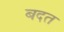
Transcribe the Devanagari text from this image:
बदत